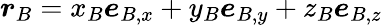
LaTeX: \boldsymbol{r}_{B}=x_{B}\boldsymbol{e}_{B,x}+y_{B}\boldsymbol{e}_{B,y}+z_{B}\boldsymbol{e}_{B,z}